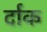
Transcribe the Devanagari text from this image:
र्दाक